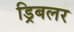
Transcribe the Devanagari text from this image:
ड्रिबलर